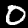
Label: 0